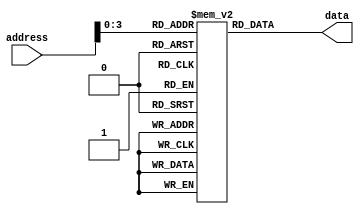
`timescale 1ns / 1ps
//////////////////////////////////////////////////////////////////////////////////
//   SUBMISSION 
//////////////////////////////////////////////////////////////////////////////////


/*
    Given a 8'b address returns 8'b instruction value.
    Works in conjunction with the Program Counter.
*/
module Instruction_Mem_Fetch(
    input[7:0] address,
    output reg[7:0] data
    );
    
    // Declaration of 64 word memory array
    reg[7:0] instruction_mem[15:0];
    
    // load first 6 instructions for testing
    initial
    begin
        instruction_mem[0] = 8'b10011011; // addi $t1, $t1, 3    t0:0 , t1:3
        instruction_mem[1] = 8'b10000010; // addi $t0, $t0, 2    t0:2 , t1:3
        instruction_mem[2] = 8'b01100000; // add $t0, $t0, $t0   t0:4 , t1:3
        instruction_mem[3] = 8'b00101000; // sw $t1, 0($t0)  store to stack[4] = 3
        instruction_mem[4] = 8'b01000110; // j L1
        instruction_mem[6] = 8'b10101000; // sub $t0,$t0,$t1     t0:1  , t1:3
        instruction_mem[7] = 8'b01110000; // add $t1, $t1, $t0   t0:1 , t1:4
        instruction_mem[8] = 8'b00010000; // lw $t0, 0($t1)      t0:3 , t1:4
//        instruction_mem[9] = 8'b00010000; // display regs
    
//    instruction_mem[0] = 8'b00010000; //     lw $t0, 0($t1)
//    instruction_mem[1] = 8'b01100000; //     add $t0, $t0, $t0
//    instruction_mem[2] = 8'b10000010; //     addi $t0, $t0, 2
//    instruction_mem[3] = 8'b01000100; //     j L1
//    instruction_mem[4] = 8'b00110000; // L1: sw $t0, 0($t1)
//    instruction_mem[5] = 8'b10110000; //     sub $t1,$t1,$t0
//    instruction_mem[6] = 8'b01000000; //     j L1


            // ADDs
//        instruction_mem[0] = 8'b01100000; // add $t0, $t0, $t0
//        instruction_mem[1] = 8'b01100000; // add $t0, $t0, $t0
//        instruction_mem[2] = 8'b01100000; // add $t0,$t0,$t0
//        instruction_mem[3] = 8'b01100000; // add $t0,$t0,$t0

            // ADDis
//        instruction_mem[0] = 8'b10000001; // addi $t0, $t0, 1
//        instruction_mem[1] = 8'b10000001; // addi $t0, $t0, 1
//        instruction_mem[2] = 8'b10000001; // addi $t0, $t0, 1
//        instruction_mem[3] = 8'b10000001; // addi $t0, $t0, 1

            // SUBs
//        instruction_mem[0] = 8'b10110000; // sub $t1,$t1,$t0
//        instruction_mem[1] = 8'b10110000; // sub $t1,$t1,$t0
//        instruction_mem[2] = 8'b10110000; // sub $t1,$t1,$t0
//        instruction_mem[3] = 8'b10110000; // sub $t1,$t1,$t0

            // LW
//        instruction_mem[0] = 8'b00001000; // lw $t0, 0($t1)
//        instruction_mem[1] = 8'b00001000; // lw $t0, 0($t1)
//        instruction_mem[2] = 8'b00001000; // lw $t0, 0($t1)
//        instruction_mem[1] = 8'b11100000; // display regs
//        instruction_mem[2] = 8'b11100000; // display regs

            //SW
//        instruction_mem[0] = 8'b00101011; // sw $t0, 3($t1)
//        instruction_mem[1] = 8'b00001011; // lw $t0, 3($t1)
//        instruction_mem[2] = 8'b00110000; // sw $t0, 0($t1)

//        instruction_mem[0] = 8'b10101000; // sub $t0, $t1, $t0
//        instruction_mem[1] = 8'b10101000; // sub $t0, $t1, $t0
//        instruction_mem[2] = 8'b10101000; // sub $t0, $t1, $t0
    end
    
    always @(address) // when address received
    begin
    data <= instruction_mem[address]; // output data to data 
    end
endmodule